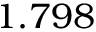
1 . 7 9 8